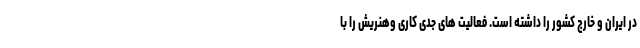
در ایران و خارج کشور را داشته است. فعالیت های جدی کاری وهنریش را با